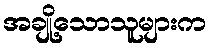
အချို့သောသူများက